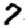
Digit: 7